Report on vaccination North-West Frontier Province 1904-1922 - 1904-1922
Year: 1904
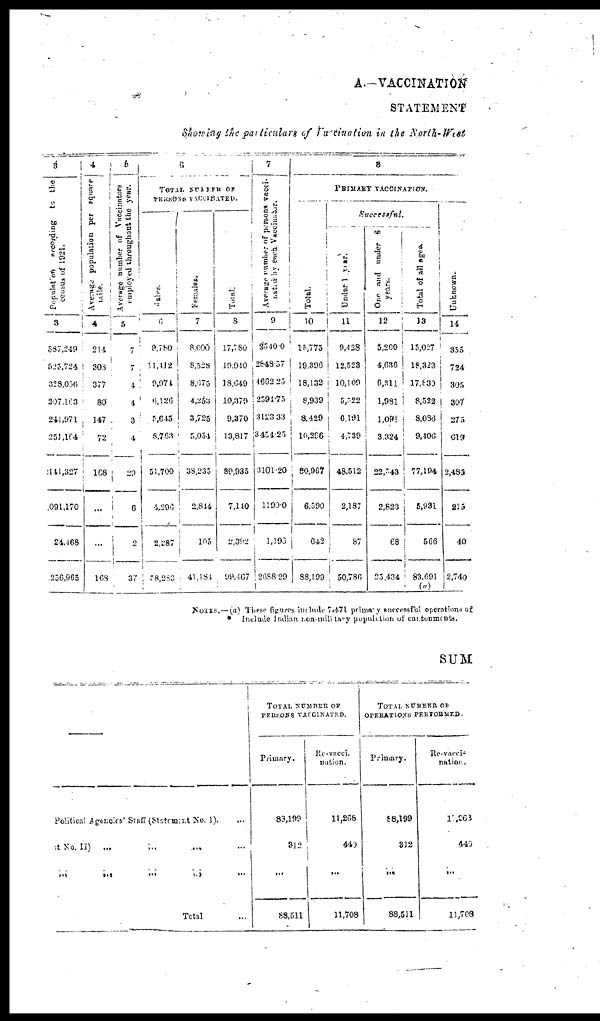
A.—VACCINATION
STATEMENT
Showing the particulars of Vaccination in the North-West
3
Population
according to the
census of 1921.
3
587,249
525,724
328,056
207,163
241,971
251,164
3141,327
091,170
24,468
256,965
4
Average population per square
mile.
4
214
308
377
80
147
72
168
...
...
168
5
Average number of Vaccinators
employed throughout the year.
5
7
7
4
4
3
4
29
6
2
37
6
TOTAL NUMBER OF
PERSONS VACCINATED.
Males.
6
9,780
11,412
9,974
6,126
5,645
8,763
51,700
4,296
2,287
58,283
Females.
7
8,000
8,528
8,675
4,253
3,725
5,054
38,235
2,844
105
41,184
Total.
8
17,780
19,940
18,649
10,379
9,370
13,817
89,935
7,140
2,392
99,467
7
Average Number of persons vacci-
nation
by
each
Vaccinator.
9
2540.0
2848.57
4662.25
2594.75
3123.33
3454.25
3101.20
1190.0
1,193
2688.29
8
PRIMARY VACCINATION.
Total.
10
15,775
19,396
18,132
8,939
8,429
10,296
80,967
6,590
642
88,199
Successful.
Under 1 year.
11
9,428
12,523
10,109
5,522
6,191
4,739
48,512
2,187
87
50,786
One and under 6
years.
12
5,200
4,636
6,311
1,981
1,091
3,324
22,543
2,823
68
25,434
Total of all
ages.
13
15,027
18,323
17,830
8,522
8,066
9,406
77,194
5,931
566
83,691
(a)
Unknown.
14
355
724
305
307
275
619
2,483
215
40
2,740
NOTES.—(a) These figures include 7,471 primary successful operations of
Include Indian non-military population of cantoments.
SUM
—
Political Agencies' Staff (Statement No. I). ...
at No. II) ... ... ... ... ...
... ... ... ... ... ...
Total ...
TOTAL NUMBER OF
PERSONS VACCINATED.
Primary.
83,199
312
...
88,511
Re-vacci-
nation.
11,268
440
...
11,708
TOTAL NUMBER OF
OPERATIONS PERFORMED.
Primary.
88,199
312
...
88,511
Re-vacci-
nation.
1 ,263
440
...
11,708